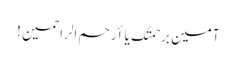
آمین برحمتک یا أرحم الراحمین !